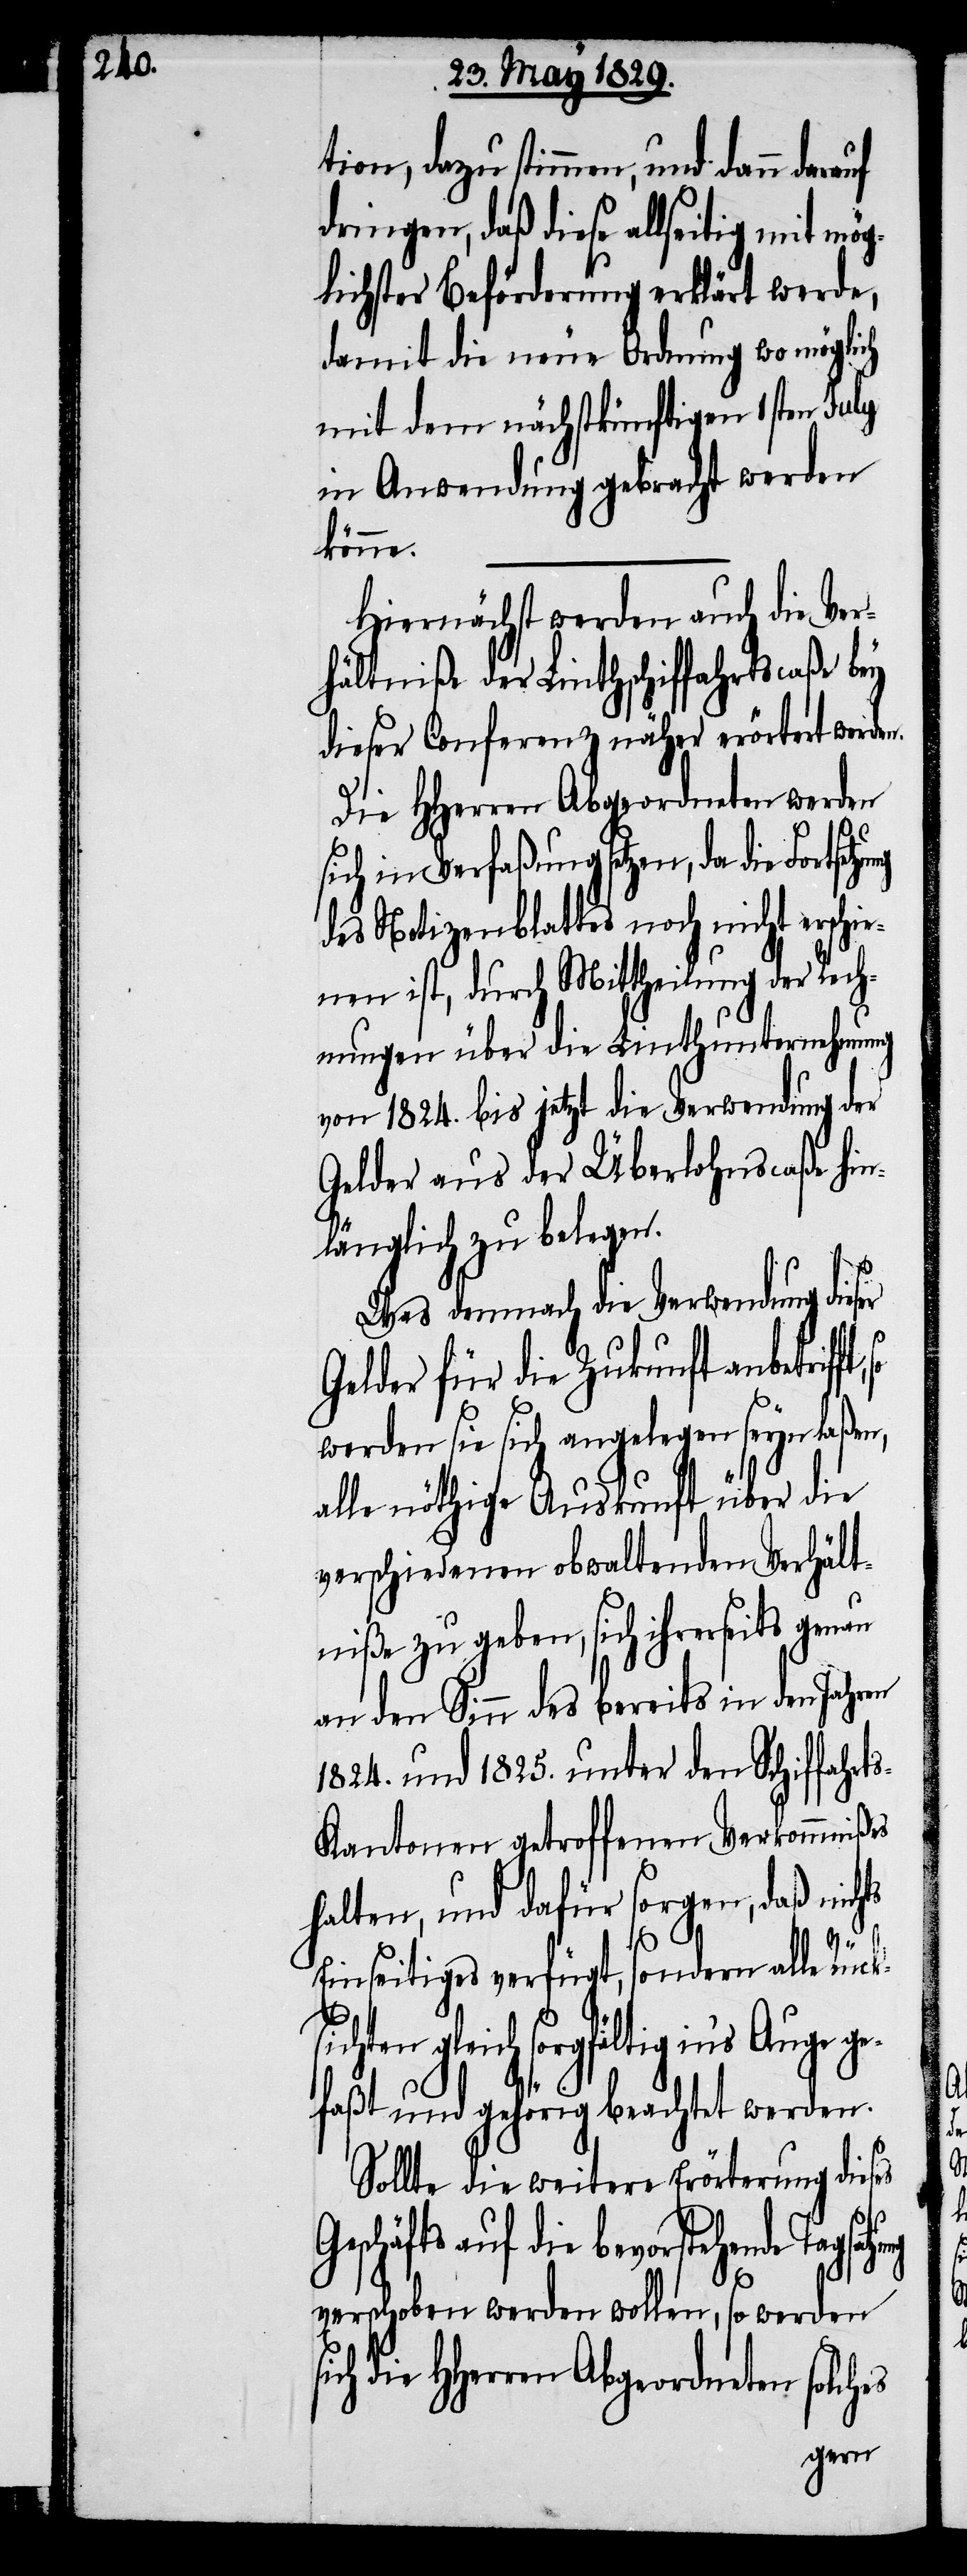
tion, dazu stimmen, und dann darauf
dringen, daß diese allseitig mit mög¬
lichster Beförderung erklärt werde,
damit die neue Ordnung wo möglich
mit dem nächstkünftigen 1sten July
in Anwendung gebracht werden
könne.
Hiernächst werden auch die Ver¬
hältniße der Linthschiffahrtscaße bey
dieser Conferenz näher erörtert werden.
die HHerren Abgeordneten solches
sich in Verfaßung setzen, da die Fortsetzu¬
des Notizenblattes noch nicht erschie¬
nen ist, durch Mittheilung der Rech¬
nungen über die Linthunternehmung
von 1824. bis jetzt die Verwendung der
Gelder aus der Überlohnscaße hin¬
länglich zu belegen.
Was demnach die Verwendung dies¬
Gelder für die Zukunft anbetrif¬
werden sie sich angelegen seyn laßen,
alle nöthige Auskunft über die
verschiedenen obwaltenden Verhält¬
niße zu geben, sich ihrerseits genau
an den Sinn des bereits in den Jahren
1824. und 1825. unter den Schiffahrt¬
s-Kantonen getroffenen Verkommnißes
halten, und dafür sorgen, daß nichts
er
G¬
so
Einseitiges verfügt, sondern alle Rücks¬
ichten gleich sorgfältig in’s Auge g¬
efaßt und gehörig beachtet werden.
Sollte die weitere Erörterung dieses
eschäfts auf die bevorstehende
verschoben werden wollen, so werden